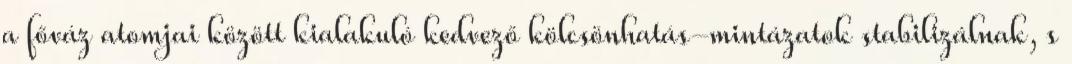
a főváz atomjai között kialakuló kedvező kölcsönhatás-mintázatok stabilizálnak, s